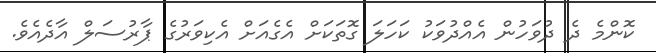
ކޮންމެ ދެ ދުވަހުން އެއްދުވަކު ކަހަލަ ގޮތަކަށް އެގެއަށް އެކިވަރުގެ ޕާރުސަލް އާދެއެވެ.